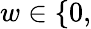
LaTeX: w\in\{ 0,